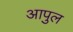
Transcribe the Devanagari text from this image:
आपुल